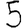
Digit: 5